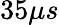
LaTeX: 35\mu s